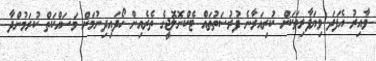
ވާއިރު އެފަދަ ވިޔަފާރިތަކަށް ކުރިއަރާނެ ފުރުސަތުތައް ޓެކްނޮލޮޖީގެ ތެރެއިން ހޯދައިދިނުމަށް މަސައްކަތް ކުރަމުންދާ